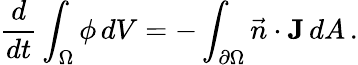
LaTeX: \frac{d}{dt}\int_{\Omega}\phi\, dV=-\int_{\partial\Omega}\vec{n}\cdot\mathbf{J}\, dA\, .